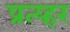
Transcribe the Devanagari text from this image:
प्रत्य्हर